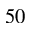
5 0